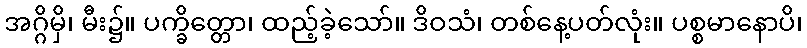
အဂ္ဂိမှိ၊ မီး၌။ ပက္ခိတ္တော၊ ထည့်ခဲ့သော်။ ဒိဝသံ၊ တစ်နေ့ပတ်လုံး။ ပစ္စမာနောပိ၊